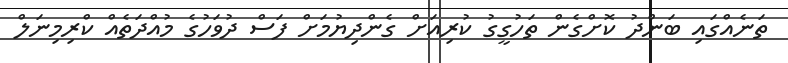
ތަނެއްގައި ބަންދު ކޮށްގެން ތަހުގީގު ކުރިއަށް ގެންދިޔުމަށް ފަސް ދުވަހުގެ މުއްދަތެއް ކްރިމިނަލް